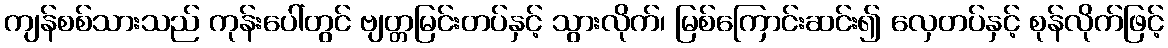
ကျန်စစ်သားသည် ကုန်းပေါ်တွင် ဗျတ္တမြင်းတပ်နှင့် သွားလိုက်၊ မြစ်ကြောင်းဆင်း၍ လှေတပ်နှင့် စုန်လိုက်ဖြင့်